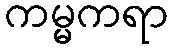
ကမ္မကရာ